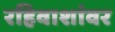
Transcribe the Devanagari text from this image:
रहिवाशांवर